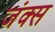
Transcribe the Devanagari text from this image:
जंक्स